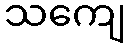
သကျေ